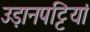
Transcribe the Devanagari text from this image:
उड़ानपट्टियां